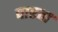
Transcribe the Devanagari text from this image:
पारता